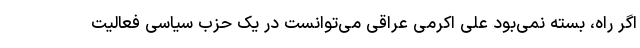
اگر راه، بسته نمی‌بود علی اکرمی عراقی می‌توانست در یک حزب سیاسی فعالیت